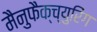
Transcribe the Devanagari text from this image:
मैनुफैक्च्युरिंग